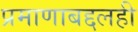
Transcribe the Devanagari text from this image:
प्रमाणाबद्दलही